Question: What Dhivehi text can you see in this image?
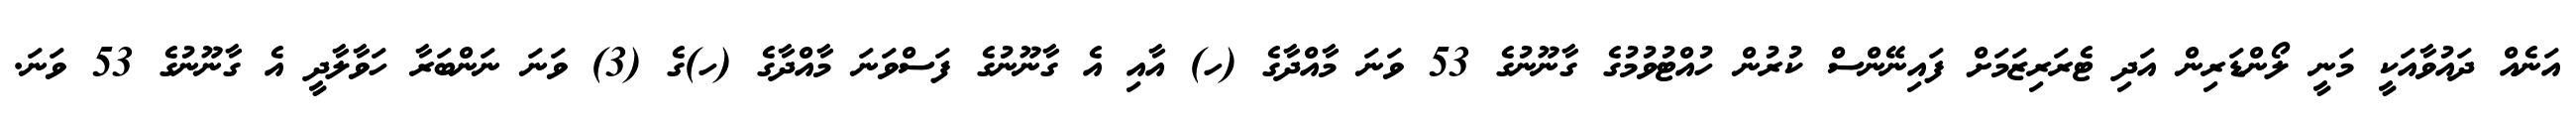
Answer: އަނެއް ދައުވާއަކީ މަނީ ލޯންޑަރިން އަދި ޓެރަރިޒަމަށް ފައިނޭންސް ކުރުން ހުއްޓުވުމުގެ ގާނޫނުގެ 53 ވަނަ މާއްދާގެ (ހ) އާއި އެ ގާނޫނުގެ ފަސްވަނަ މާއްދާގެ (ހ)ގެ (3) ވަނަ ނަންބަރާ ހަވާލާދީ އެ ގާނޫނުގެ 53 ވަނަ.